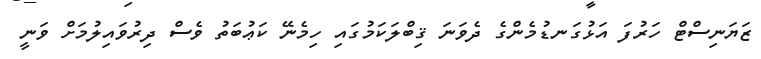
ޒަޔަނިސްޓް ހަރުފަ އަޅުގަނޑުމެންގެ ދެވަނަ ޤިބްލަކަމުގައި ހިމެނޭ ކަޢުބަތު ވެސް ދިރުވައިލުމަށް ވަނީ